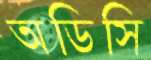
অডিসি